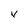
Character: v